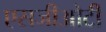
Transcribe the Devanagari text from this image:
एसजीओटी